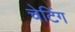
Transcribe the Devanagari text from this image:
चेटिंग